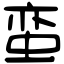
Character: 蛮